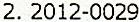
2. 2012-0029